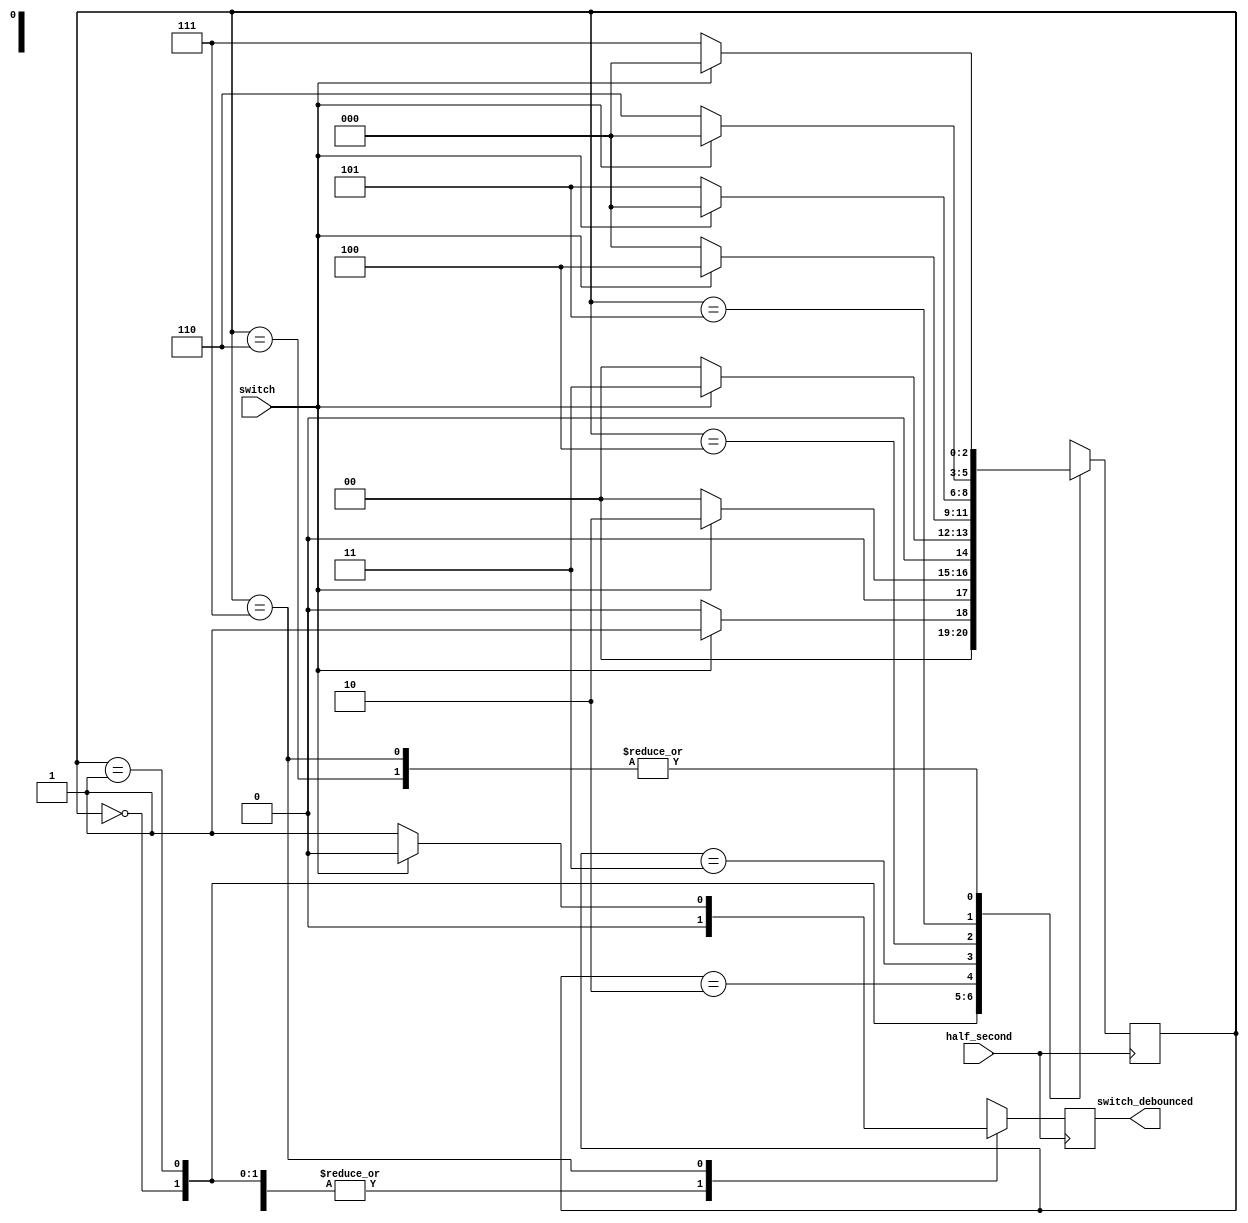
`timescale 1ns / 1ps
module switch_debouncer(
	input half_second , switch,   //using fast clock
	output reg switch_debounced
);
	parameter Idle = 3'd0, detect_1 = 3'd1, detect_2 = 3'd2, detect_3 = 3'd3, detect_4 = 3'd4, detect_5 = 3'd5, detect_6 = 3'd6, detect_7 = 3'd7;
	reg [2:0] state;

	always@(posedge half_second)
		begin
			
			case(state)
				Idle : if (switch==1'b1) //CHECKING FOR PRESSING OF SWITCH FOR 4 STATES
							begin
								state = detect_1;
								switch_debounced= 0;
							end
						else
							begin
								state = Idle;
								switch_debounced= 0;
							end
				
				detect_1 : if (switch==1'b1)
								begin
									state = detect_2;
									switch_debounced= 0;
								end
							  else
								begin
									state = Idle;
									switch_debounced= 0;
								end
				
				detect_2 : if (switch==1'b1)
								begin
									state = detect_3;
									switch_debounced= 0;
								end
							  else
								begin
									state = Idle;
									switch_debounced= 0;
								end
				
				detect_3 : if (switch==1'b1)
								begin
									state = detect_4;
									switch_debounced= 0;
								end
							  else
								begin
									state = Idle;
									switch_debounced= 0;
								end
								
				detect_4 : if (switch==1'b0) //CHECKING FOR RELEASE OF SWITCH FOR 4 STATES
								begin
									state = detect_5;
									switch_debounced= 0;
								end
							  else
								begin
									state = Idle;
									switch_debounced= 0;
								end
								
				detect_5 : if (switch==1'b0)
								begin
								state = detect_6;
								switch_debounced= 0;
								end
								else
								begin
								state = Idle;
								switch_debounced= 0;
								end
								
				detect_6 : if (switch==1'b0)
								begin
								state = detect_7;
								switch_debounced= 0;
								end
								else
								begin
								state = Idle;
								switch_debounced= 0;
								end
								
				detect_7 : if (switch==1'b0)  
								begin
								state = detect_7;
								switch_debounced = 1; //SWITCH WAS PRESSED AND THEN RELEASED HENCE CONDITION IS TRUE(DETECTED)
								end
								else
								begin
								state = Idle;
								switch_debounced= 0;
								end
				default:
						begin
						state=Idle;
						switch_debounced= 0;
						end
			endcase
		end

endmodule